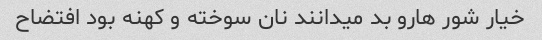
خیار شور هارو بد میدانند نان سوخته و کهنه بود افتضاح